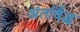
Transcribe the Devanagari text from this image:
अंतर्विद्ध